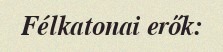
Félkatonai erők: